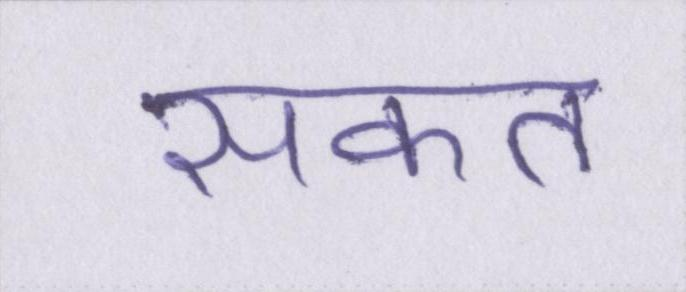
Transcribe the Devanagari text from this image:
सकत